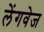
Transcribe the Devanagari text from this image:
लेंगवेज